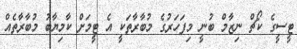
ޓީސީގެ ކޯޗް ނިޒާމް ބުނީ މިފަހަރުގެ މުބާރާތަކީ އެ ޓީމަށް ކާމިޔާބު މުބާރާތެއް